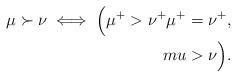
LaTeX: \begin{align*}\mu \succ \nu \iff\Big(\mu^{+} > \nu^{+}\mu^{+} = \nu^{+},\\mu > \nu\Big).\end{align*}